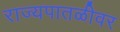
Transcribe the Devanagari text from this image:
राज्यपातळीवर